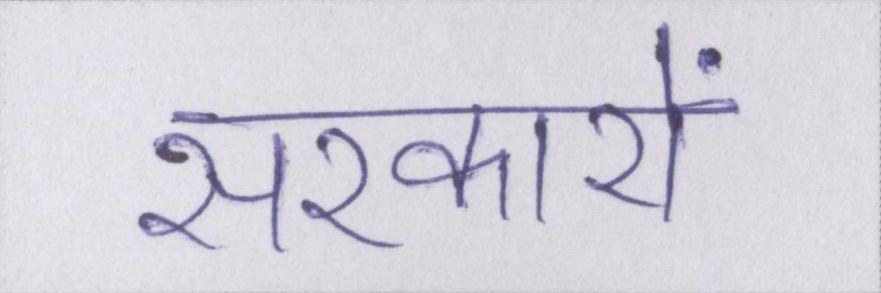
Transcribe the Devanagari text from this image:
सरकारों